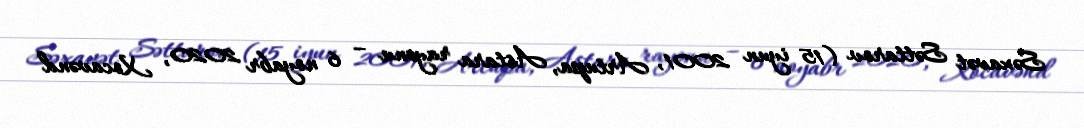
Səxavət Səttarov (15 iyun 2001, Artupa, Astara rayonu – 6 noyabr 2020, Xocavənd